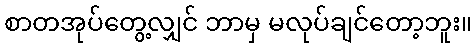
စာတအုပ်တွေ့လျှင် ဘာမှ မလုပ်ချင်တော့ဘူး။